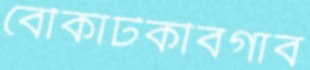
বৌকাঁটকীবগাব